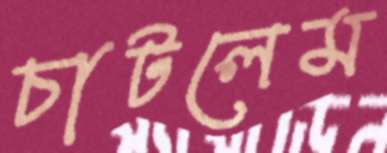
চাটলেম